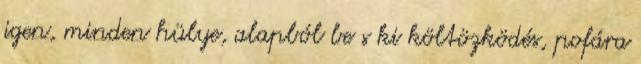
igen, minden hülye, alapból be s ki költözködés, pofára